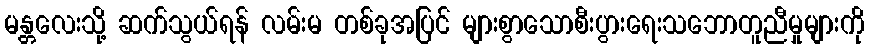
မန္တလေးသို့ ဆက်သွယ်ရန် လမ်းမ တစ်ခုအပြင် များစွာသောစီးပွားရေးသဘောတူညီမှုများကို